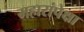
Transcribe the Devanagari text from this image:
महारांपेक्षा